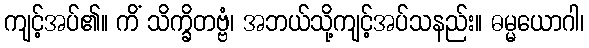
ကျင့်အပ်၏။ ကိံ သိက္ခိတဗ္ဗံ၊ အဘယ်သို့ကျင့်အပ်သနည်း။ ဓမ္မယောဂါ၊